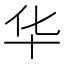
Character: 华